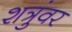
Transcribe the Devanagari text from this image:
शत्रुंवर